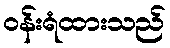
ဝန်းရံထားသည်